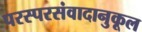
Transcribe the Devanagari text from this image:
परस्परसंवादानुकूल